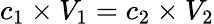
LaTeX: c_{1}\times V_{1}=c_{2}\times V_{2}